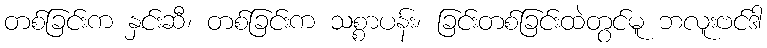
တစ်ခြင်းက နှင်းဆီ၊ တစ်ခြင်းက သစ္စာပန်း၊ ခြင်းတစ်ခြင်းထဲတွင်မူ ဘလူးဗင်ဒါ